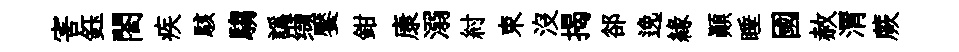
害鈺閤疾駭騶譌缬饜鉗康溺紂束沒揭郤𨓜緣顚睡國赦渭蕨